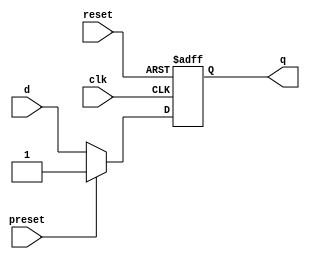
module d_ff_async_preset (
    input wire clk,
    input wire reset,
    input wire d,
    input wire preset,
    output reg q
);

always @ (posedge clk or posedge reset)
begin
    if (reset)
        q <= 1'b0;
    else if (preset)
        q <= 1'b1;
    else
        q <= d;
end

endmodule